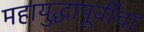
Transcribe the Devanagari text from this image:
महायुद्धापूर्वीचा